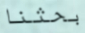
بحثنا